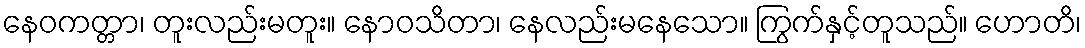
နေဝကတ္တာ၊ တူးလည်းမတူး။ နောဝသိတာ၊ နေလည်းမနေသော။ ကြွက်နှင့်တူသည်။ ဟောတိ၊